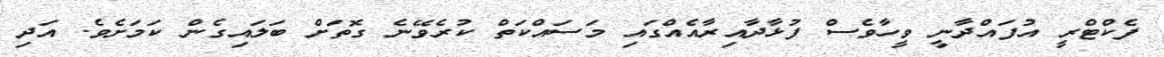
ފެކްޓްރީ އުފައްދާނީ ވީހާވެސް ފުޅާދާއިރާއެއްގައި މަސައްކަތް ކުރެވޭނެ ގޮތަށް ބަލައިގެން ކަމަށެވެ. އަދި